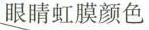
眼睛虹膜颜色